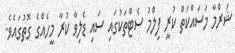
ޝަރްމާ މަސައްކަތް ކުރީ ފިލްމު ސެޓްތަކުގައި ސައި ޑެލިވާ ކުރާ މީހެއްގެ ގޮތުގައެވެ.